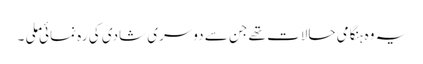
یہ وہ ہنگامی حالات تھے جن سے دوسری شادی کی رہ نمائی ملی ۔